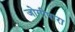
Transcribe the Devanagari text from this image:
जोगीपारा